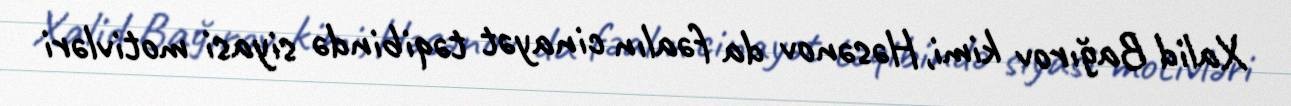
Xalid Bağırov kimi, Həsənov da fəalın cinayət təqibində siyasi motivləri